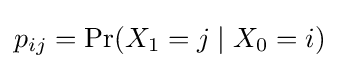
p_{ij}=\Pr(X_{1}=j\mid X_{0}=i)